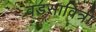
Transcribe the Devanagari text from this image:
वडसावित्री